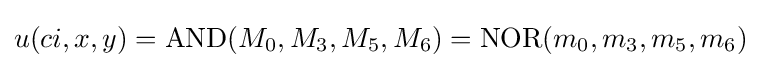
u(ci,x,y)=\mathrm {AND} (M_{0},M_{3},M_{5},M_{6})=\mathrm {NOR} (m_{0},m_{3},m_{5},m_{6})